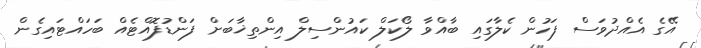
އޭގެ އެއްދުވަސް ފަހުން ކެލާގައި ބާއްވާ ލޯކަލް ކައުންސިލް އިންތިޚާބަށް ފަންޑުފޮއްޓެއް ބަހައްޓައިގެން